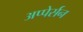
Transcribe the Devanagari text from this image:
अप्पेर्सन